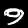
Digit: 9